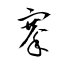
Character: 搴